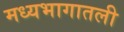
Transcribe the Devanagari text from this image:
मध्यभागातली